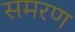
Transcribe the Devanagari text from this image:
समरण